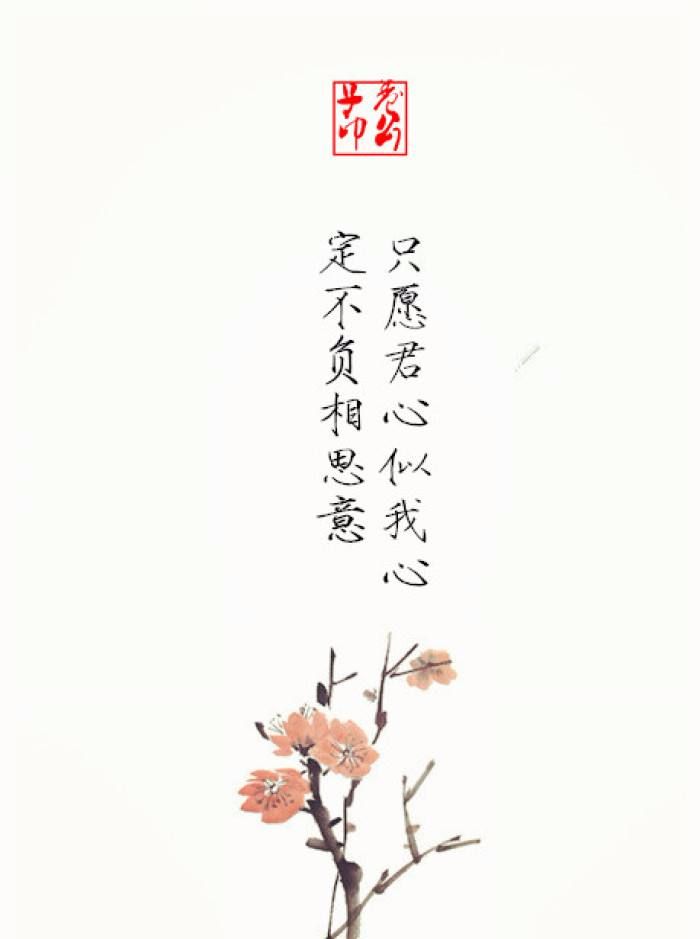
平生不会相思，才会相思，便害相思。